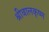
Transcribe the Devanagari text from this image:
श्रीबालकृष्ण